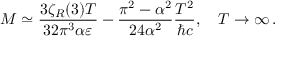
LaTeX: M \simeq \frac { 3 \zeta _ { R } ( 3 ) T } { 3 2 \pi ^ { 3 } \alpha \varepsilon } - \frac { \pi ^ { 2 } - \alpha ^ { 2 } } { 2 4 \alpha ^ { 2 } } \frac { T ^ { 2 } } { \hbar c } , \quad T \to \infty \, { . }